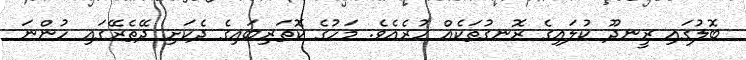
ބޮލުގައި ރީނދޫ ކުލައިގެ ރޮނގުތަކެއް ހުރެއެވެ. މަހުގެ ކޮތަރިބައިގެ ދެކަށި ދޭތެރޭގައި ހުންނަ